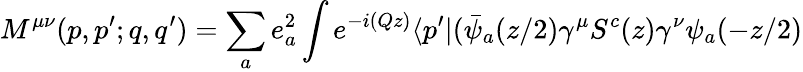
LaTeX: M^{\mu\nu}(p,p^{\prime};q,q^{\prime})=\sum_{a}e_{a}^{2}\int e^{-i(Qz)}\langle p^{\prime}|(\bar{\psi}_{a}(z/2)\gamma^{\mu}S^{c}(z)\gamma^{\nu}\psi_{a}(-z/2)